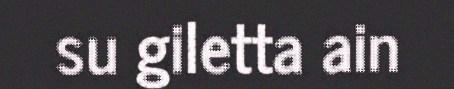
su giletta ain